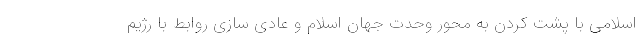
اسلامی با پشت کردن به محور وحدت جهان اسلام و عادی سازی روابط با رژیم